Report on enteric fever
Disease focus: Fever
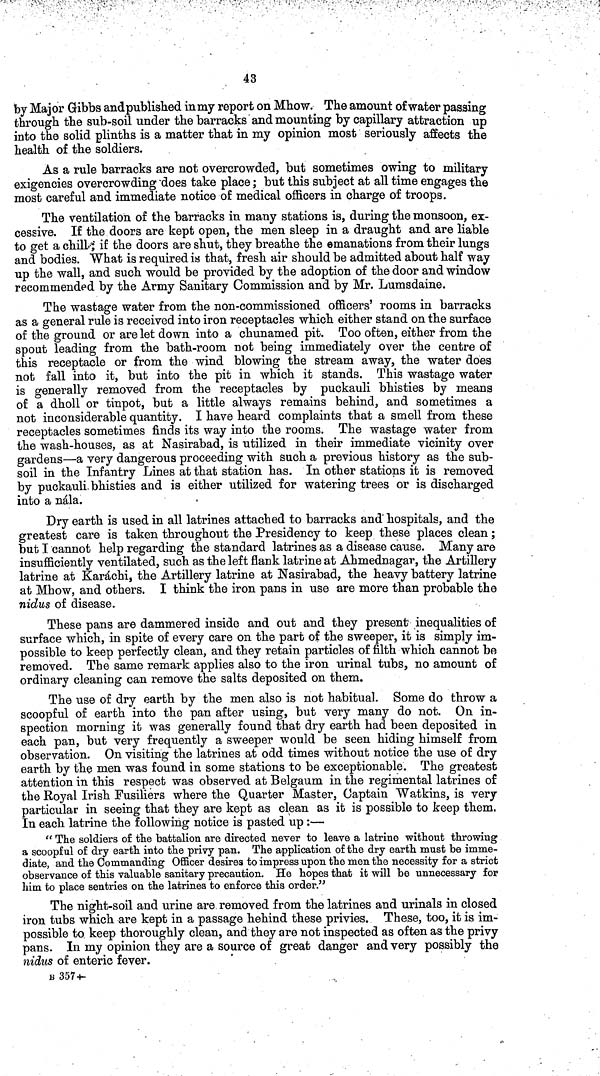
43
by Major Gibbs and published in my report on Mhow. The amount of water passing
through the sub-soil under the barracks and mounting by capillary attraction up
into the solid plinths is a matter that in my opinion most seriously affects the
health of the soldiers.
As a rule barracks are not overcrowded, but sometimes owing to military
exigencies overcrowding does take place; but this subject at all time engages the
most careful and immediate notice of medical officers in charge of troops.
The ventilation of the barracks in many stations is, during the monsoon, ex-
cessive. If the doors are kept open, the men sleep in a draught and are liable
to get a chill; if the doors are shut, they breathe the emanations from their lungs
and bodies. What is required is that, fresh air should be admitted about half way
up the wall, and such would be provided by the adoption of the door and window
recommended by the Army Sanitary Commission and by Mr. Lumsdaine.
The wastage water from the non-commissioned officers' rooms in barracks
as a general rule is received into iron receptacles which either stand on the surface
of the ground or are let down into a chunamed pit. Too often, either from the
spout leading from the bath-room not being immediately over the centre of
this receptacle or from the wind blowing the stream away, the water does
not fall into it, but into the pit in which it stands. This wastage water
is generally removed from the receptacles by puckauli bhisties by means
of a dholl or tinpot, but a little always remains behind, and sometimes a
not inconsiderable quantity. I have heard complaints that a smell from these
receptacles sometimes finds its way into the rooms. The wastage water from
the wash-houses, as at Nasirabad, is utilized in their immediate vicinity over
gardens—a very dangerous proceeding with such a previous history as the sub-
soil in the Infantry Lines at that station has. In other stations it is removed
by puckauli bhisties and is either utilized for watering trees or is discharged
into a nála.
Dry earth is used in all latrines attached to barracks and hospitals, and the
greatest care is taken throughout the Presidency to keep these places clean;
but I cannot help regarding the standard latrines as a disease cause. Many are
insufficiently ventilated, such as the left flank latrine at Ahmednagar, the Artillery
latrine at Karáchi, the Artillery latrine at Nasirabad, the heavy battery latrine
at Mhow, and others. I think the iron pans in use are more than probable the
nidus of disease.
These pans are dammered inside and out and they present inequalities of
surface which, in spite of every care on the part of the sweeper, it is simply im-
possible to keep perfectly clean, and they retain particles of filth which cannot be
removed. The same remark applies also to the iron urinal tubs, no amount of
ordinary cleaning can remove the salts deposited on them.
The use of dry earth by the men also is not habitual. Some do throw a
scoopful of earth into the pan after using, but very many do not. On in-
spection morning it was generally found that dry earth had been deposited in
each pan, but very frequently a sweeper would be seen hiding himself from
observation. On visiting the latrines at odd times without notice the use of dry
earth by the men was found in some stations to be exceptionable. The greatest
attention in this respect was observed at Belgaum in the regimental latrines of
the Royal Irish Fusiliers where the Quarter Master, Captain Watkins, is very
particular in seeing that they are kept as clean as it is possible to keep them,
In each latrine the following notice is pasted up :—
"The soldiers of the battalion are directed never to leave a latrine without throwing
a scoopful of dry earth into the privy pan. The application of the dry earth must be imme-
diate, and the Commanding Officer desires to impress upon the men the necessity for a strict
observance of this valuable sanitary precaution. He hopes that it will be unnecessary for
him to place sentries on the latrines to enforce this order."
The night-soil and urine are removed from the latrines and urinals in closed
iron tubs which are kept in a passage hehind these privies. These, too, it is im-
possible to keep thoroughly clean, and they are not inspected as often as the privy
pans. In my opinion they are a source of great danger and very possibly the
nidus of enteric fever.
B 357-